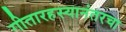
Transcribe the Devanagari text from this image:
गीतारहस्यानंतरचा